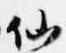
仙